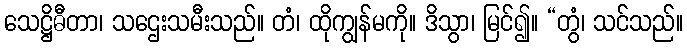
သေဋ္ဌိဓီတာ၊ သဌေးသမီးသည်။ တံ၊ ထိုကျွန်မကို။ ဒိသွာ၊ မြင်၍။ “တွံ၊ သင်သည်။